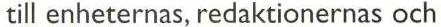
till enheternas, redaktionernas och